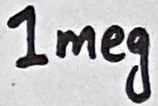
Text: 1meg